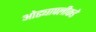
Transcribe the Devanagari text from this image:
ओढ्यापलीकडे